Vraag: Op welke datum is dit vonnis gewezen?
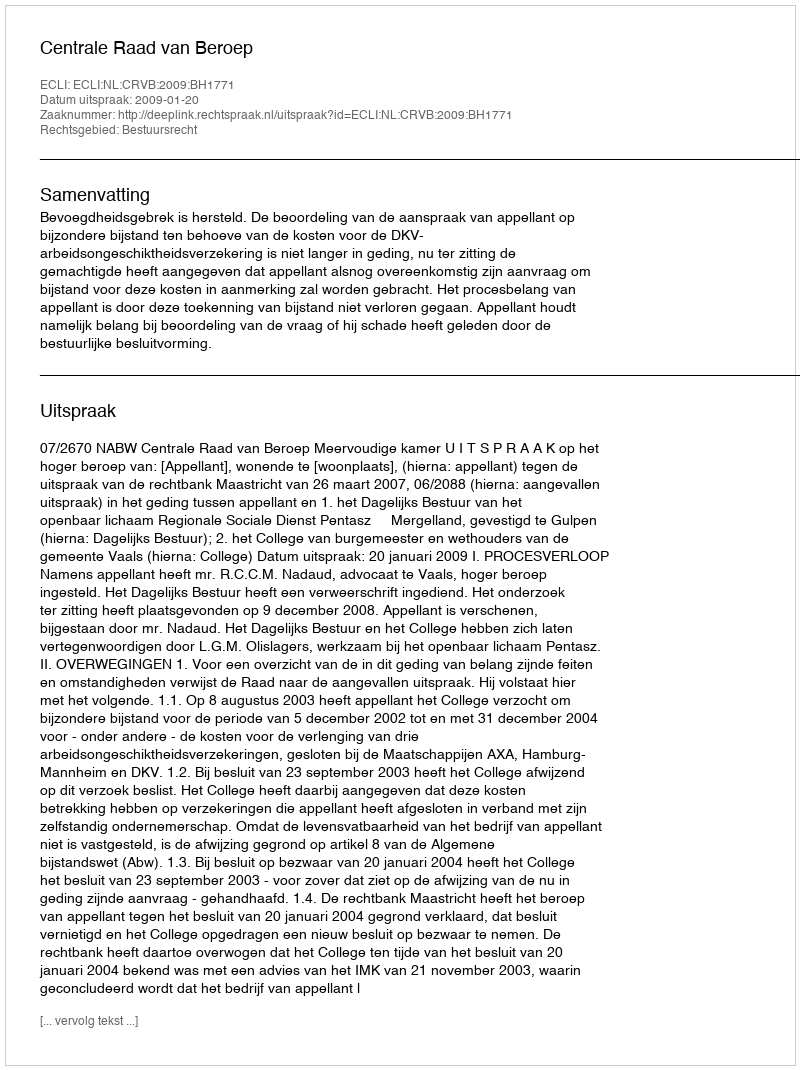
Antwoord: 2009-01-20